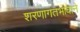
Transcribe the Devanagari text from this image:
शरणागतभावाने